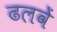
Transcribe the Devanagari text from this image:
ढलवें